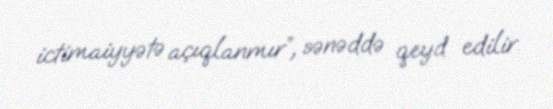
ictimaiyyətə açıqlanmır”, sənəddə qeyd edilir.